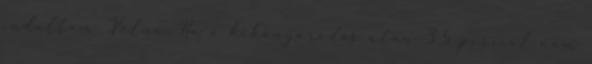
indultam. Volna. Ha a kikanyarodás után 3,5 perccel nem